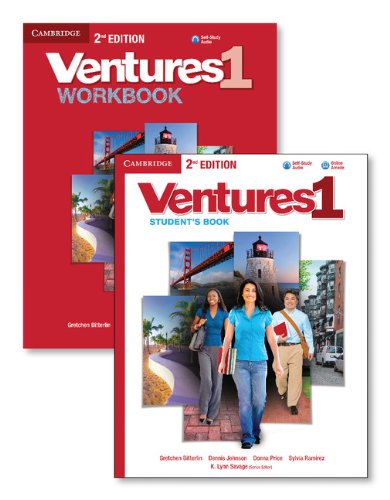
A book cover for Ventures Level 1 Value Pack (Student's Book with Audio CD and Workbook with Audio CD); Gretchen Bitterlin; Reference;